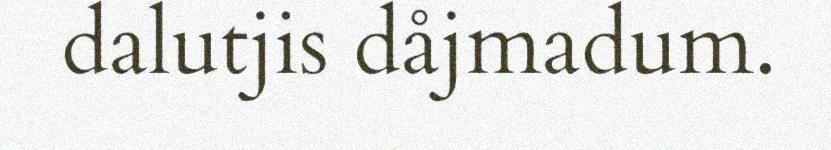
dalutjis dåjmadum.